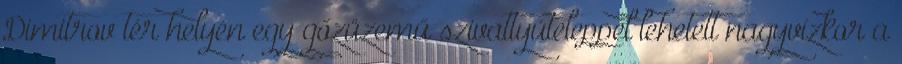
Dimitrov tér helyén egy gőzüzemű szivattyúteleppel lehetett nagyvízkor a